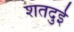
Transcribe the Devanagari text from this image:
शतदुई